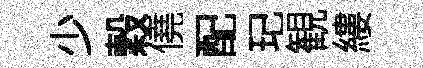
少穀僥配玘観縷